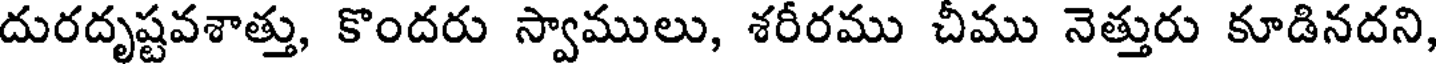
దురదృష్టవశాత్తు, కొందరు స్వాములు, శరీరము చీము నెత్తురు కూడినదని,